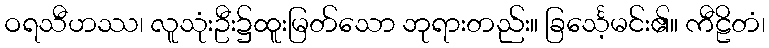
ဝရသီဟဿ၊ လူသုံးဦး၌ထူးမြတ်သော ဘုရားတည်း။ ခြင်္သေ့မင်း၏။ ကီဠိတံ၊